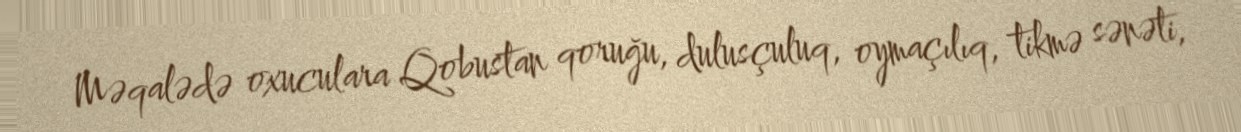
Məqalədə oxuculara Qobustan qoruğu, dulusçuluq, oymaçılıq, tikmə sənəti,